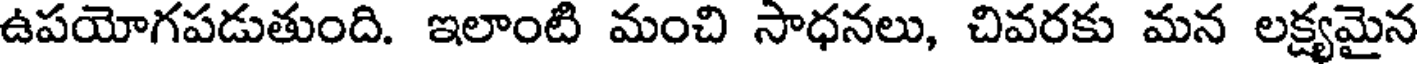
ఉపయోగపడుతుంది. ఇలాంటి మంచి సాధనలు, చివరకు మన లక్ష్యమైన